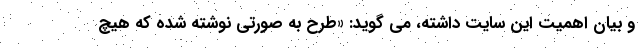
و بیان اهمیت این سایت داشته، می گوید: «طرح به صورتی نوشته شده که هیچ